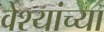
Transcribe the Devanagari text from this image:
वेश्यांच्या